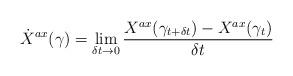
LaTeX: \begin{align*}\dot{X}^{ax} (\gamma) = \lim_{\delta t \rightarrow 0} \frac{X^{ax} (\gamma_{t+\delta t}) - X^{ax} (\gamma_{t})}{\delta t}\end{align*}